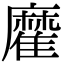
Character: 𩀪